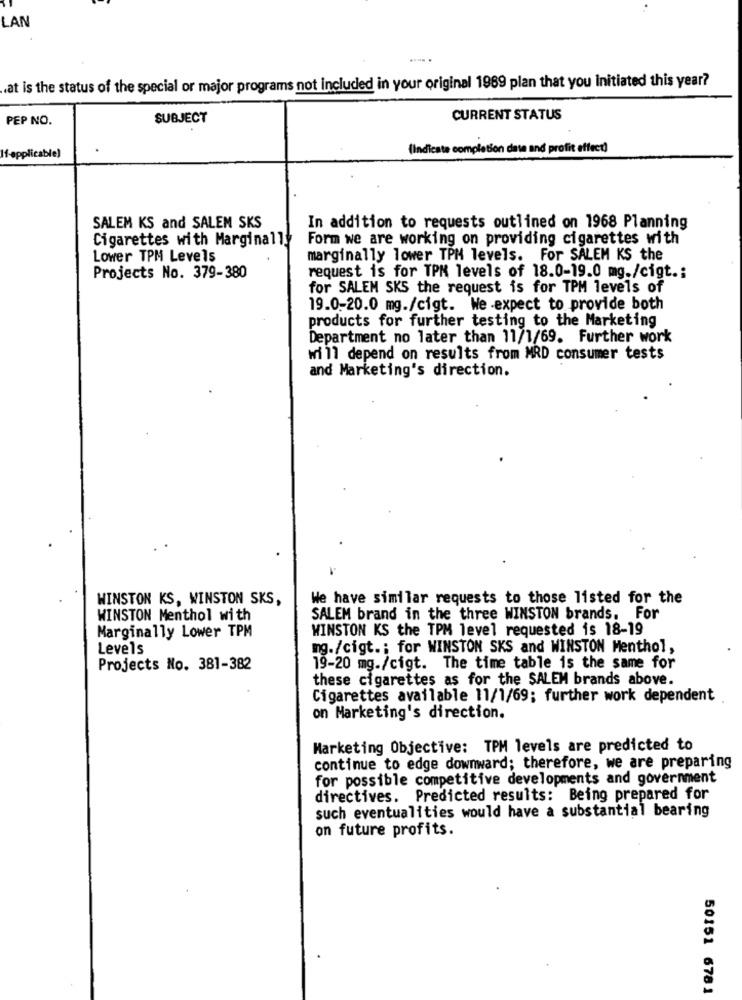
LAN
.at is the status of the special or major programs not included in your original 1989 plan that you Initiated this year?
PEP NO.
SUBJECT
CURRENT STATUS
(Indicate completion date and profit effect)
If applicable)
SALEM KS and SALEM SKS
In addition to requests outlined on 1968 Planning
Cigarettes with Marginally
Form we are working on providing cigarettes with
Lower TPM Levels
marginally lower TPH levels. For SALEM KS the
Projects No. 379-380
request is for TPM levels of 18.0-19.0 mg./cigt .:
for SALEM SKS the request is for TPM levels of
19.0-20.0 mg./cigt. We expect to provide both
products for further testing to the Marketing
Department no later than 11/1/69. Further work
wi 11 depend on results from MRD consumer tests
and Marketing's direction.
WINSTON KS, WINSTON SKS,
We have similar requests to those listed for the
WINSTON Menthol with
SALEM brand in the three WINSTON brands. For
WINSTON KS the TPM level requested is 18-19
Marginally Lower TPM
Levels
mg./cigt .; for WINSTON SKS and WINSTON Menthol,
Projects No. 381-382
19-20 mg./cigt. The time table is the same for
these cigarettes as for the SALEM brands above.
Cigarettes available 11/1/69; further work dependent
on Marketing's direction.
Marketing Objective: TPM levels are predicted to
continue to edge downward; therefore, we are preparing
for possible competitive developments and government
directives. Predicted results: Being prepared for
such eventualities would have a substantial bearing
on future profits.
50151 6781